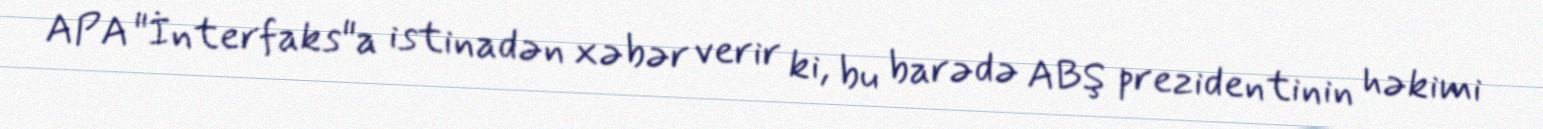
APA "İnterfaks"a istinadən xəbər verir ki, bu barədə ABŞ prezidentinin həkimi